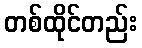
တစ်ထိုင်တည်း